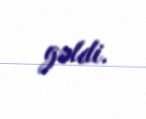
gəldi.